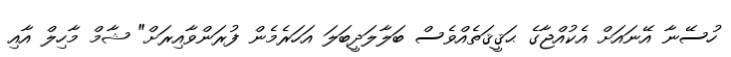
ހުސޭނާ އޭނައަށް އެކުއްޖާގެ ޙަޤީޤަތެއްވެސް ބަލާލަދީބަލަ އަހަރެމެން ފުރަންވާއިރަށް" ޝާމް މާހިލް އާއި